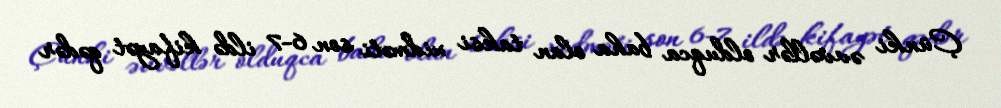
Çünki əvvəllər olduqca baha olan taksi xidməti son 6-7 ildə kifayət qədər